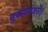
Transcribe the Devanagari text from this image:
सुबोधमंजरी।